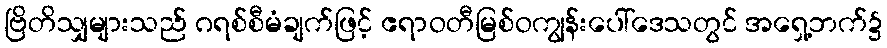
ဗြိတိသျှများသည် ဂရစ်စီမံချက်ဖြင့် ဧရာဝတီမြစ်ဝကျွန်းပေါ်ဒေသတွင် အရှေ့ဘက်၌